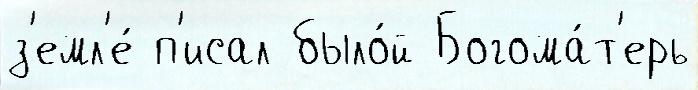
з'емл'е́ п'исал было́й Богома́т'ерь